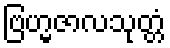
ဗြဟ္မဇာလသုတ္တံ